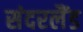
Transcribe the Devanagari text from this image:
संदरलैंड